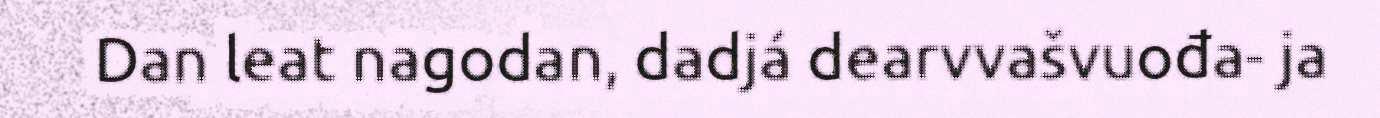
Dan leat nagodan, dadjá dearvvašvuođa- ja